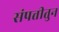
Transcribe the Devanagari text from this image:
संपत्तीतुन